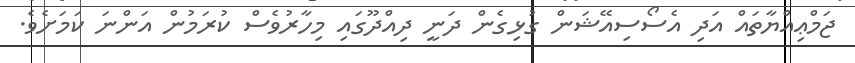
ޖަމްޢިއްޔާތައް އަދި އެސޯސިއޭޝަން ގުޅިގެން ދަނީ ދިއްދޫގައި މިހާރުވެސް ކުރަމުން އަންނަ ކަމަށެވެ.